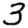
Digit: 3